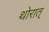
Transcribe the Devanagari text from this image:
थोरात्